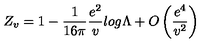
Z _ { v } = 1 - \frac { 1 } { 1 6 \pi } \frac { e ^ { 2 } } { v } l o g \Lambda + O \left( \frac { e ^ { 4 } } { v ^ { 2 } } \right)